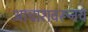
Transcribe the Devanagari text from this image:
आचारावरूनच